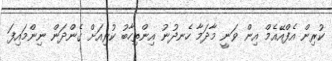
ކުރިން އެފްއޭއެމް އިން ވަނީ މާދަމާ ހެނދުނު އިންތިހާބު ކުރިއަށް ގެންދަން ނިންމައިފަ